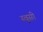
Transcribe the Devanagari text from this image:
स्वूसी